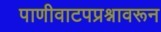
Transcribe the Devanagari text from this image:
पाणीवाटपप्रश्नावरून